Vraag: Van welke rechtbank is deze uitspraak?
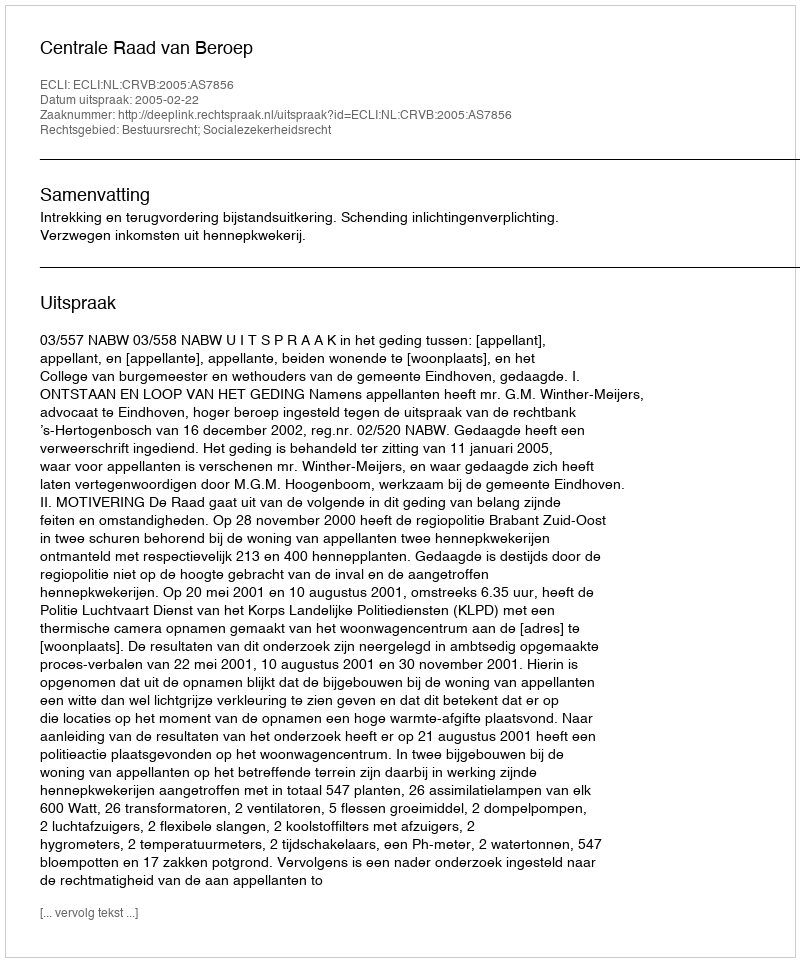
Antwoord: Centrale Raad van Beroep